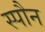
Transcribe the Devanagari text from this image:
स्पौन